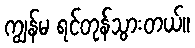
ကျွန်မ ရင်တုန်သွားတယ်။